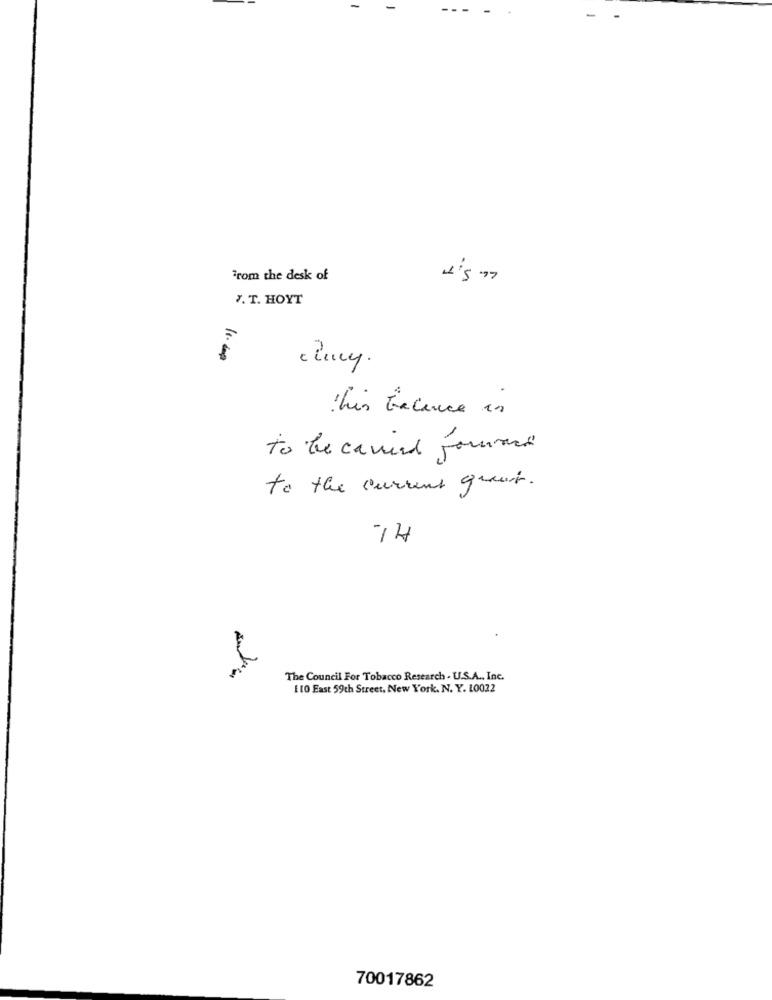
From the desk of
4.5 97
7. T. HOYT
11. 600
This Eracence in
to be carried forward
to the current quaint.
TH
The Council For Tobacco Research . U.S.A ., Inc.
110 East 59th Street, New York. N. Y. 10022
70017862